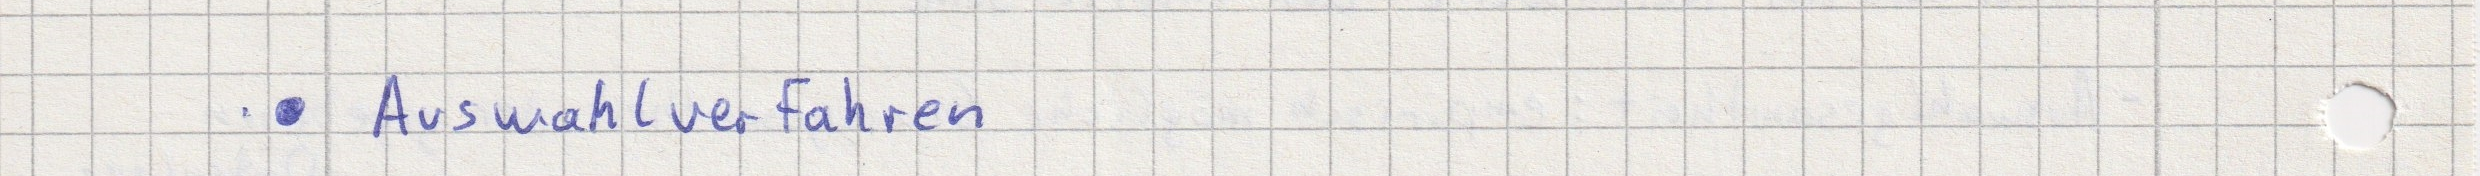
- Auswahlverfahren